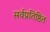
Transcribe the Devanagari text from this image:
सर्वप्रतिष्ठित